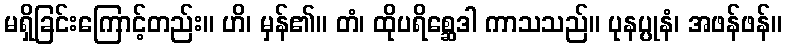
မရှိခြင်းကြောင့်တည်း။ ဟိ၊ မှန်၏။ တံ၊ ထိုပရိစ္ဆေဒါ ကာသသည်။ ပုနပ္ပုနံ၊ အဖန်ဖန်။